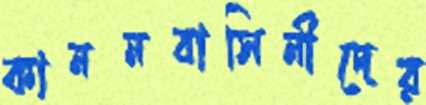
কাননবাসিনীদের